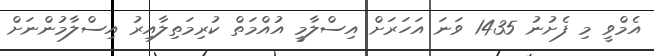
އެމްވީ މި ފެށުނު 1435 ވަނަ އަހަރަށް އިސްލާމީ އުއްމަތް ކުރިމަތިލާއިރު އިސްލާމުންނަށް